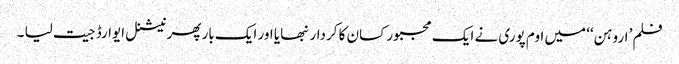
فلم’ اروہن‘‘ میں اوم پوری نے ایک مجبور کسان کا کردار نبھایا اور ایک بار پھر نیشنل ایوارڈ جیت لیا ۔